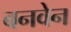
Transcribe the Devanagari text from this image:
बनवेन